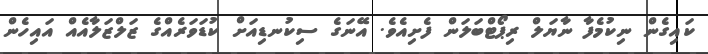
ކައިގެން ނިކުމެފާ ނާޔަލް ރިޕޯޓްބަލަން ފެށިއެވެ. އޭނަގެ ސިކުނޑިއަށް ކުޑަވަރެއްގެ ޒަލްޒަލާއެއް އައިހެން